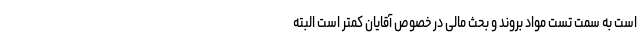
است به سمت تست مواد بروند و بحث مالی در خصوص آقایان کمتر است البته